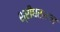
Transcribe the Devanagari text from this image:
श्रीधरलाल